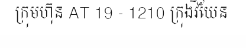
ក្រុមហ៊ុន AT 19 - 1210 ក្រុងវីយែន